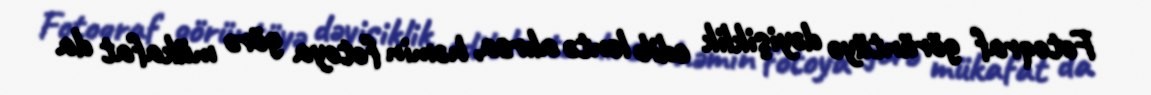
Fotoqraf görüntüyə dəyişiklik edib lentə alırsa, həmin fotoya görə mükafat da